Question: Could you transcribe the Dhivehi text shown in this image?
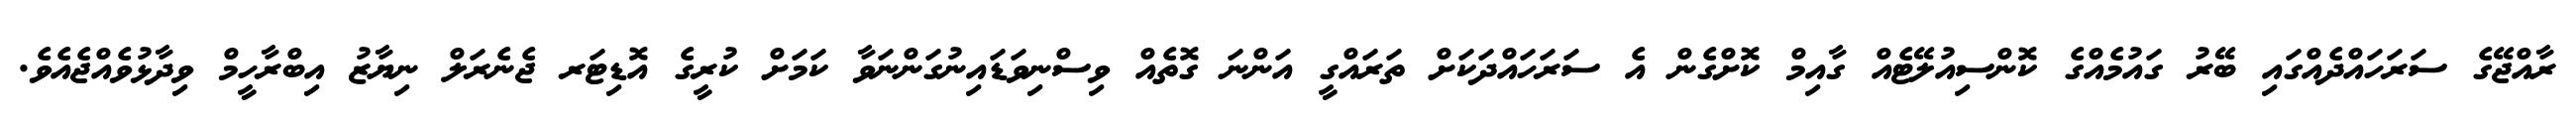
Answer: ރާއްޖޭގެ ސަރަހައްދެއްގައި ބޭރު ގައުމެއްގެ ކޮންސިއުލޭޓެއް ގާއިމް ކޮށްގެން އެ ސަރަހައްދަކަށް ތަރައްގީ އަންނަ ގޮތެއް ވިސްނިވަޑައިނުގަންނަވާ ކަމަށް ކުރީގެ އޮޑިޓަރ ޖެނެރަލް ނިޔާޒު އިބްރާހީމް ވިދާޅުވެއްޖެއެވެ.